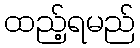
ထည့်ရမည်